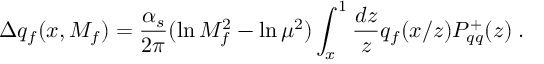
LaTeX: \Delta q _ { f } ( x , M _ { f } ) = { \frac { \alpha _ { s } } { 2 \pi } } ( \ln M _ { f } ^ { 2 } - \ln \mu ^ { 2 } ) \int _ { x } ^ { 1 } { \frac { d z } { z } } q _ { f } ( x / z ) P _ { q q } ^ { + } ( z ) \; .